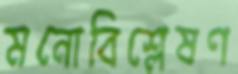
মনোবিশ্লেষণ